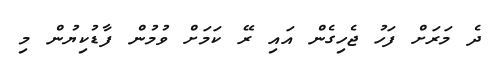
ދެ މަރަށް ފަހު ޖެހިގެން އައި ރޭ ކަމަށް ވުމުން ފާޑުކިޔުން މި